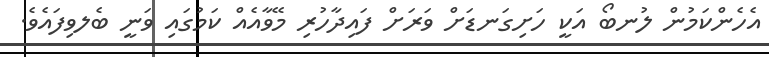
އެހެންކަމުން ލުނބޯ އަކީ ހަށިގަނޑަށް ވަރަށް ފައިދާހުރި މޭވާއެއް ކަމުގައި ވަނީ ބެލވިފައެވެ.